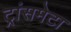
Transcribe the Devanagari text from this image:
ट्रांसमेटा